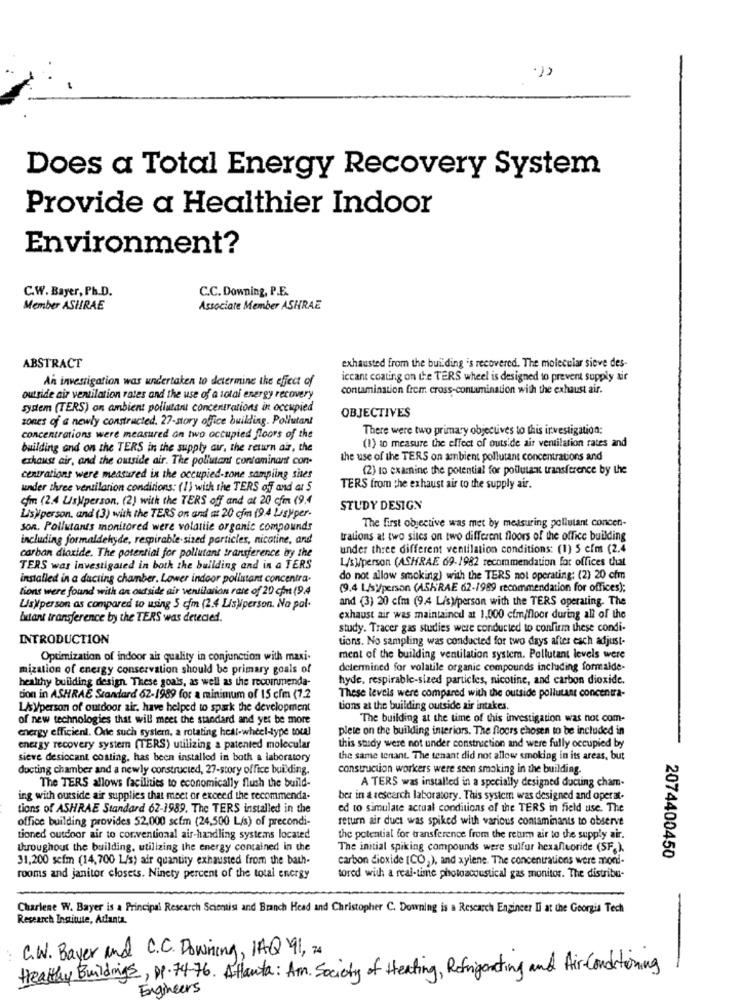
Does a Total Energy Recovery System
Provide a Healthier Indoor
Environment?
C.W. Bayer, Ph.D.
C.C. Downing, P.E.
Member ASHRAE
Associate Member ASHRAE
ABSTRACT
exhausted from the building 's recovered. The molecular sieve des-
An investigation was undertaken to determine the effect of
iccant coating on the TERS wheel is designed to prevent supply air
contamination frem cross-contamination with the exhaust air.
outside air ventilation rates and the use of a total energy recovery
system (TERS) on ambient pollutant concentrations in occupied
zones of a newly constructed. 27-story office building. Pollutant
OBJECTIVES
There were two primary objectives to this investigation:
concentrations were measured on two occupied floors of the
(1) to measure the effect of outside air verilation rates and
building and on the TERS in the supply air, the return air, the
exhaust air, and the outside air. The pollutant contaminant con-
the use of the TERS on ambient pollutant concentrations and
(2) to examine the potential for pollutant transference by the
centrations were measured in the occupied-zone sampling sites
under three ventilation conditions: (1) with the TERS off and ar S
TERS from the exhaust air to the supply air.
om (2.4 Us)person. (2) with the TERS off and at 20 cfm (9.4
STUDY DESIGN
Lisy/person, and (3) with the TERS on and at 20 cfm (9.4 Lisyper-
son. Pollutants monitored were volatile organic compounds
The first objective was met by measuring pollutant concen-
including formaldehyde, respirable-sized particles, nicotine, and
trations at two sites on two different floors of the office building
under three different ventilation conditions: (1) 5 cím (2.4
carbon dioxide. The potential for pollutant transference by the
L/s person (ASHRAE 69-1982 recommendation for offices that
TERS was investigated in both the building and in a TERS
installed in a ducting chamber. Lower indoor pollutant concentra.
do not allow smoking) with the TERS not operating: (2) 20 cfm
tions were found with an outside air ventilation rate of 20 cpu (9.4
(9.4 LJs)person (ASKRAE 62-1989 recommendation for offices);
and (3) 20 cfm (9.4 L/s)person with the TERS operating. The
Usyperson as compared to using 5 cfm (2.4 Lis)iperson. Na pal-
Itant transference by the TERS was detected.
exhaust air was maintained at 1,000 cfmifloor during all of the
study. Tracer gas studies were conducted to confirm these condi-
INTRODUCTION
tions. No sampling was conducted for two days after each adjust-
Optimization of indoor air quality in conjunction with maxi-
ment of the building ventilation system. Pollutant levels were
mization of energy conservation should be primary goals of
determined for volatile organic compounds including formalde-
healthy building design. These goals, as well as the recommenda-
hyde, respirable-sized particles, nicotine, and carbon dioxide.
tion in ASHRAE Standard 62-1989 for a minimum of 15 cfm (7.2
These levels were compared with the outside pollutant concentra-
Lisyperson of outdoor air, have helped to spark the development
tions at the building outside air intakes.
of new technologies that will meet the standard and yes be more
The building at the time of this investigation was not com-
energy efficient. One such system, a rotating hell-wheel-type total
plete on the building interiors. The floors chosen to be included in
energy recovery system (TERS) utilizing a patented molecular
this study were not under construction and were fully occupied by
sieve desiocant costing, has been installed in both a laboratory
the same tenant. The tenant did not allow smoking in its areas, but
ducting chamber and a newly constructed, 27-story office building.
construction workers were seen smoking in the building.
A TERS was installed in a specially designed ducting cham-
The TERS allows facilities to economically flush the build-
ing with outside air supplies that meet or exceed the recommenda-
ber in a research laboratory. This system was designed and operat-
tions of ASHRAE Standard 62-1989. The TERS installed in the
ed to simulate actual conditions of the TERS in field use. The
office building provides 52,000 scfm (24,500 L/s) of precondi-
return air duct was spiked with various contaminants to observe
tioned outdoor air to conventional air-handling systems located
the potential for transference from the retum air to the supply air.
throughout the building, utilizing the energy contained in the
The initial spiking compounds were sulfur hexafluoride (SF.).
31,200 sefm (14,700 L/s) air quantity exhausted from the bath-
carbon dioxide (CO,), and xylene. The concentrations were moni-
2074400450
rooms and janitor closets. Ninety percent of the total energy
tored with a real-time photoacoustical gas monitor. The distribu-
Charlene W. Bayer is a Principal Research Scientist and Branch Head and Christopher C. Downing is a Rescarch Engineer II at the Georgia Tech
Research Institute, Atlanta.
C.W. Bayer and C.C. Downing, IAQ 91, 74
Healthy Buildings, PP. 7476. Atlanta: Am. Society of Heating, Refrigerating and Air-Conditioning
-
Engineers